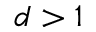
d > 1